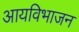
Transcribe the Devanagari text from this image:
आयविभाजन